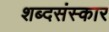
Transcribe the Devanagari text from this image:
शब्दसंस्कार